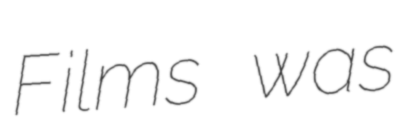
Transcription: Films was